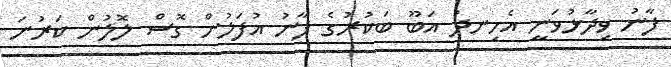
ފާނު ވިދާޅުވަނީ އެހިނދު އަބޫ ބަކުރުގެ ފާނު އުފަލުން ގޮސް ލޮލުން ކަރުނަ